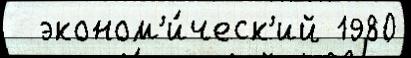
  эконом'и́ческ'ий 1980